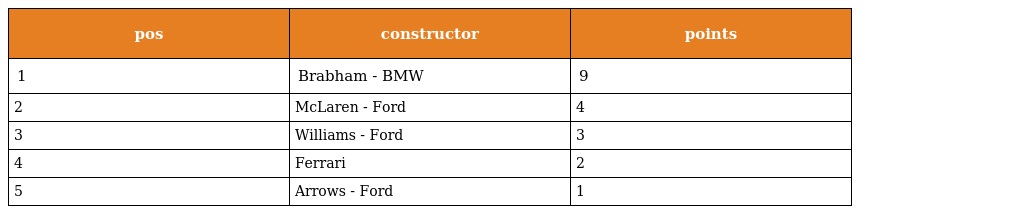
| pos | constructor | points |
 | --- | --- | --- |
 | 1 | Brabham - BMW | 9 |
 | 2 | McLaren - Ford | 4 |
 | 3 | Williams - Ford | 3 |
 | 4 | Ferrari | 2 |
 | 5 | Arrows - Ford | 1 |